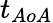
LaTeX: t_{AoA}